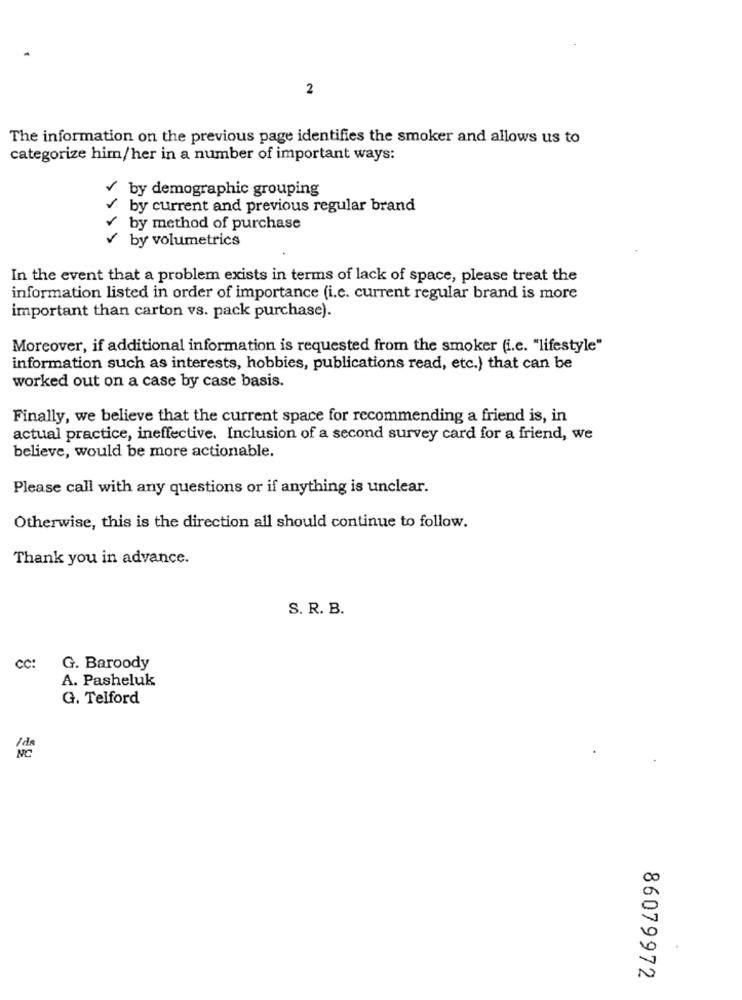
2
The information on the previous page identifies the smoker and allows us to
categorize him/her in a number of important ways:
by demographic grouping
by current and previous regular brand
r
by method of purchase
by volumetrics
In the event that a problem exists in terms of lack of space, please treat the
information listed in order of importance (i.c. current regular brand is more
important than carton vs. pack purchase).
Moreover, if additional information is requested from the smoker (i.e. "lifestyle"
information such as interests, hobbies, publications read, etc.) that can be
worked out on a case by case basis.
Finally, we believe that the current space for recommending a friend is, in
actual practice, ineffective. Inclusion of a second survey card for a friend, we
believe, would be more actionable.
Please call with any questions or if anything is unclear.
Otherwise, this is the direction all should continue to follow.
Thank you in advance.
S. R. B.
cc:
G. Baroody
A. Pasheluk
G. Telford
86079972